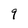
Character: 9